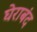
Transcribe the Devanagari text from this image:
घेराबंद